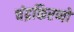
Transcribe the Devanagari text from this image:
चंद्रकिरणों